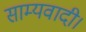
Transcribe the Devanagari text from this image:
साम्यवादी।